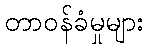
တာဝန်ခံမှုများ